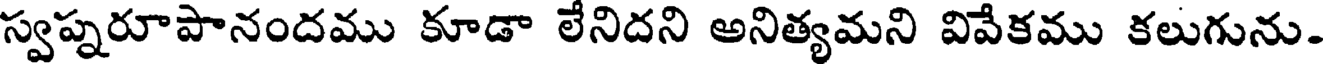
స్వప్నరూపానందము కూడా లేనిదని అనిత్యమని వివేకము కలుగును.